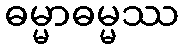
ဓမ္မာဓမ္မဿ